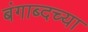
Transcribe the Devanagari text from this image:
बंगाब्दच्या